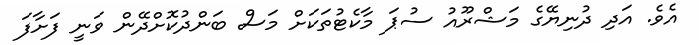
އެވެ. އަދި ދުނިޔޭގެ މަޝްރޫއު ސުޕަ މާކެޓުތަކަށް މަސް ބަންދުކޮށްދޭން ވަނީ ފަށާފަ